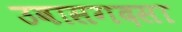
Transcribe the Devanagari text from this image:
उवासगदसा